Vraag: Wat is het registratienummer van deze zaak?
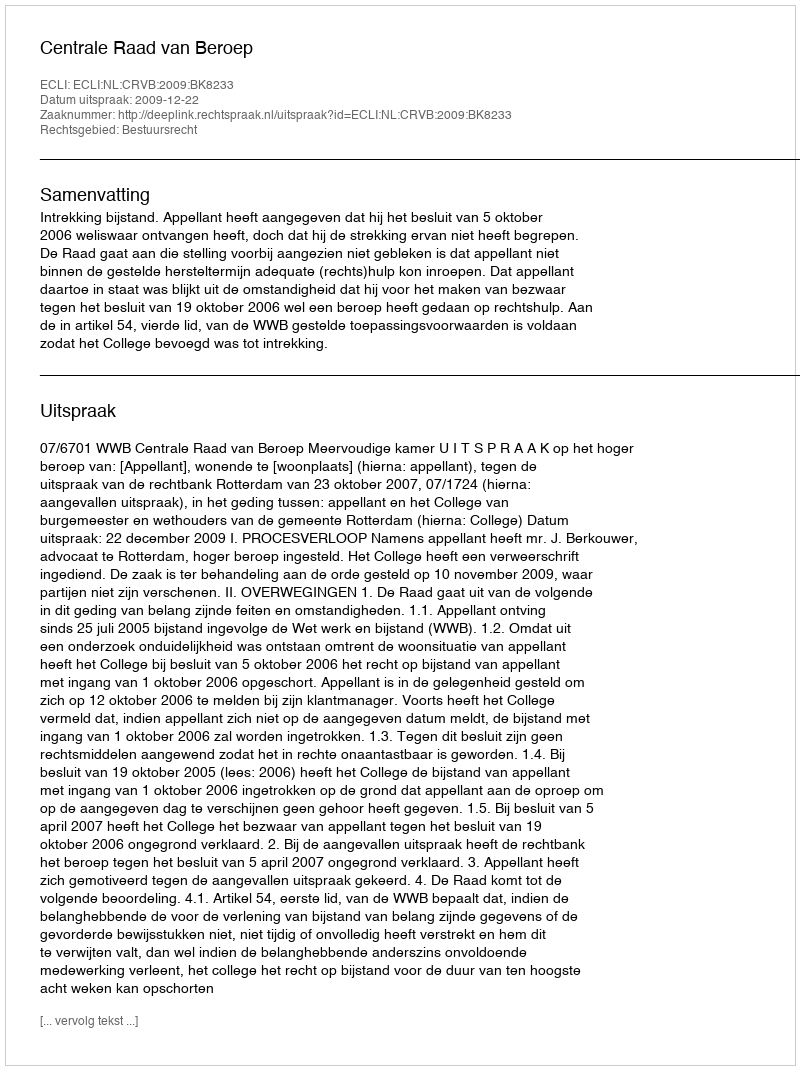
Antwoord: http://deeplink.rechtspraak.nl/uitspraak?id=ECLI:NL:CRVB:2009:BK8233